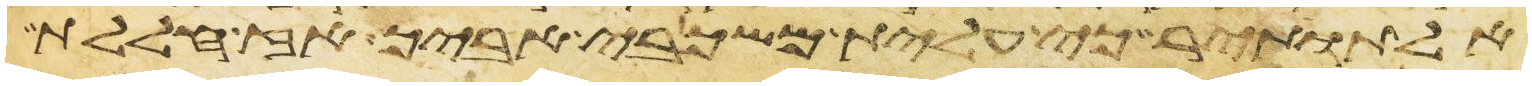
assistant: אל תותיר כי עלית משכבי אביך אז חללת